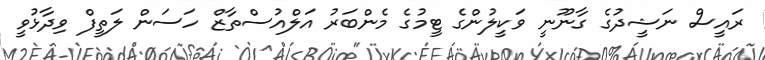
ރައީސް ނަޝީދުގެ ގާނޫނީ ވަކީލުންގެ ޓީމުގެ މެންބަރު އަލްއުސްތާޒް ހަސަން ލަތީފް ވިދާޅުވީ